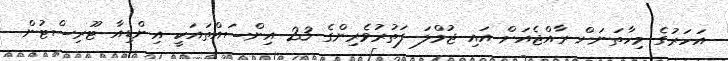
އަހަރުގެ މިހާތަނަށް ރާއްޖެއަށް އައި ޖުމްލަ ފަތުރުވެރިންގެ 23 އިންސައްތައަކީ އިންޑިއާ ޓޫރިސްޓުން